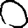
Digit: 0